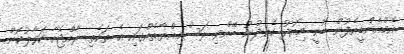
އެމްއެންޑީއެފުން ބުނީ މިއަދު ހެނދުނު ބޭއްވި ރަސްމިއްޔާތެއްގައި އެ ތަކެތި ރާއްޖެއާ ހަވާލުކޮށް